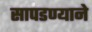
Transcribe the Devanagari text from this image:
सापडण्याने